Vaccination in Bombay 1863-1868 - 1863-1868
Year: 1863
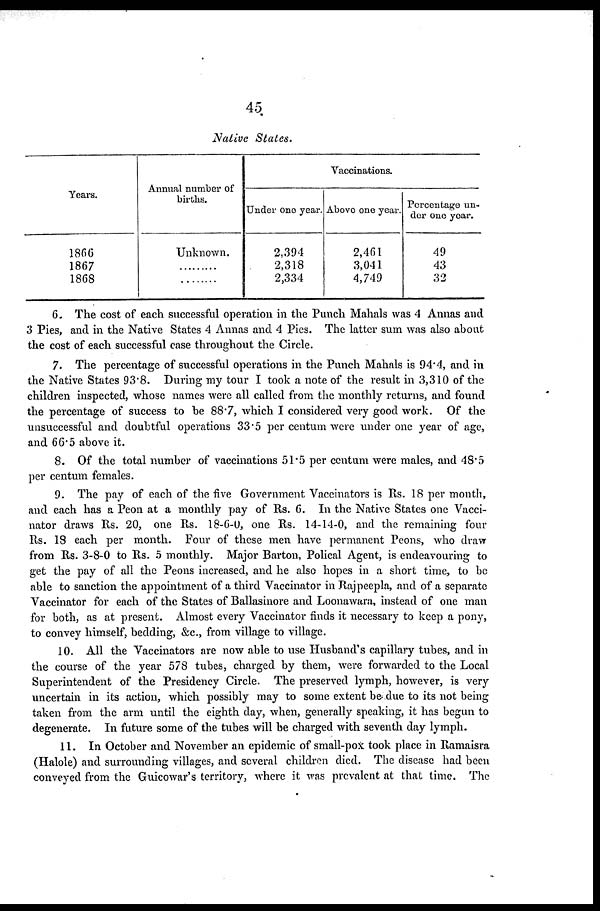
45
Native
States.
Years.
1866
1867
1868
Annual number of
births.
Unknown.
.............
............
Vaccinations.
Under one year.
2,394
2,318
2,334
Above one year.
2,461
3,041
4,749
Percentage un¬
der one year.
49
43
32
6. The cost of each successful operation in the Punch Mahals was 4 Annas and
3 Pies, and in the Native States 4 Annas and 4 Pies. The latter sum was also about
the cost of each successful case throughout the Circle.
7. The percentage of successful operations in the Punch Mahals is 94.4, and in
the Native States 93.8. During my tour I took a note of the result in 3,310 of the
children inspected, whose names were all called from the monthly returns, and found
the percentage of success to be 88.7, which I considered very good work. Of the
unsuccessful and doubtful operations 33.5 per centum were under one year of age,
and 66.5 above it.
8. Of the total number of vaccinations 51.5 per centum were males, and 48.5
per centum females.
9. The pay of each of the five Government Vaccinators is Rs. 18 per month,
and each has a Peon at a monthly pay of Rs. 6. In the Native States one Vacci-
nator draws Rs. 20, one Rs. 18-6-0, one Rs. 14-14-0, and the remaining four
Rs. 18 each per month. Four of these men have permanent Peons, who draw
from Rs. 3-8-0 to Rs. 5 monthly. Major Barton, Polical Agent, is endeavouring to
get the pay of all the Peons increased, and he also hopes in a short time, to be
able to sanction the appointment of a third Vaccinator in Rajpeepla, and of a separate
Vaccinator for each of the States of Ballasinore and Loonawara, instead of one man
for both, as at present. Almost every Vaccinator finds it necessary to keep a pony,
to convey himself, bedding, &c., from village to village.
10. All the Vaccinators are now able to use Husband's capillary tubes, and in
the course of the year 578 tubes, charged by them, were forwarded to the Local
Superintendent of the Presidency Circle. The preserved lymph, however, is very
uncertain in its action, which possibly may to some extent be due to its not being
taken from the arm until the eighth day, when, generally speaking, it has begun to
degenerate. In future some of the tubes will be charged with seventh day lymph.
11. In October and November an epidemic of small-pox took place in Ramaisra
(Halole) and surrounding villages, and several children died. The disease had been
conveyed from the Guicowar's territory, where it was prevalent at that time. The